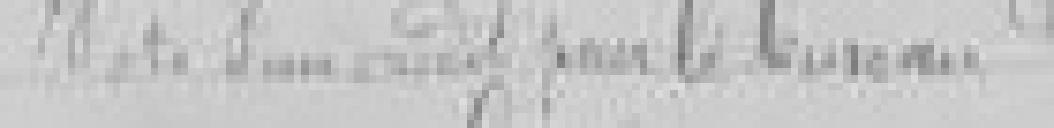
Vote d'un crédit pour le bureau de